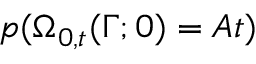
p ( \Omega _ { 0 , t } ( \Gamma ; 0 ) = A t )